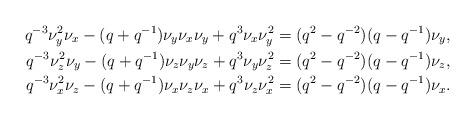
LaTeX: \begin{align*}q^{-3} \nu_y^2\nu_x-(q+q^{-1})\nu_y\nu_x\nu_y + q^{3}\nu_x\nu_y^2 &= (q^2-q^{-2})(q-q^{-1})\nu_y,\\q^{-3} \nu_z^2\nu_y-(q+q^{-1})\nu_z\nu_y\nu_z + q^{3}\nu_y\nu_z^2 &= (q^2-q^{-2})(q-q^{-1})\nu_z,\\q^{-3} \nu_x^2\nu_z-(q+q^{-1})\nu_x\nu_z\nu_x + q^{3}\nu_z\nu_x^2 &= (q^2-q^{-2})(q-q^{-1})\nu_x.\end{align*}